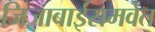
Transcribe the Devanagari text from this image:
जिजाबाईंसमवेत